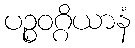
ပဉ္စဝဂ္ဂိယာနံ